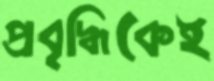
প্রবৃদ্ধিকেই